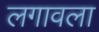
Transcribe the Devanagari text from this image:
लगावला